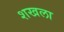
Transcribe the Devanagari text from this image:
शखला